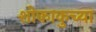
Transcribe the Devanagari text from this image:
शोकाकुच्या